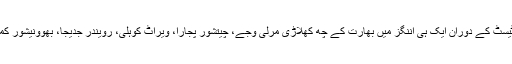
گزشتہ سال انگلستان کے خلاف اولڈ ٹریفرڈ ٹیسٹ کے دوران ایک ہی اننگز میں بھارت کے چھ کھلاڑی مرلی وجے، چیتشور پجارا، ویراٹ کوہلی، رویندر جدیجا، بھوونیشور کمار اور پنکج سنگھ صفر پر آؤٹ ہوئے تھے۔